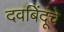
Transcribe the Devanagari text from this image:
दवबिंदूंचे